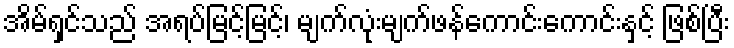
အိမ်ရှင်သည် အရပ်မြင့်မြင့်၊ မျက်လုံးမျက်ဖန်ကောင်းကောင်းနှင့် ဖြစ်ပြီး